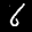
Label: 6